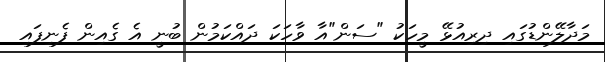
މަދާލޭންޑުގައި ދިރިއުޅޭ މީހަކު "ސަން"އާ ވާހަކަ ދައްކަމުން ބުނީ އެ ގެއިން ފެނިފައި